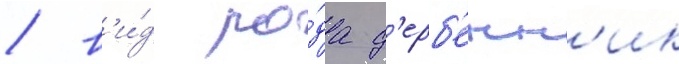
/ в'и́д ро́да д'ерб'енн'ик